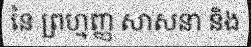
នៃ ព្រហ្មញ្ញ សាសនា និង